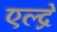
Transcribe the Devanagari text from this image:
एल्द्रे